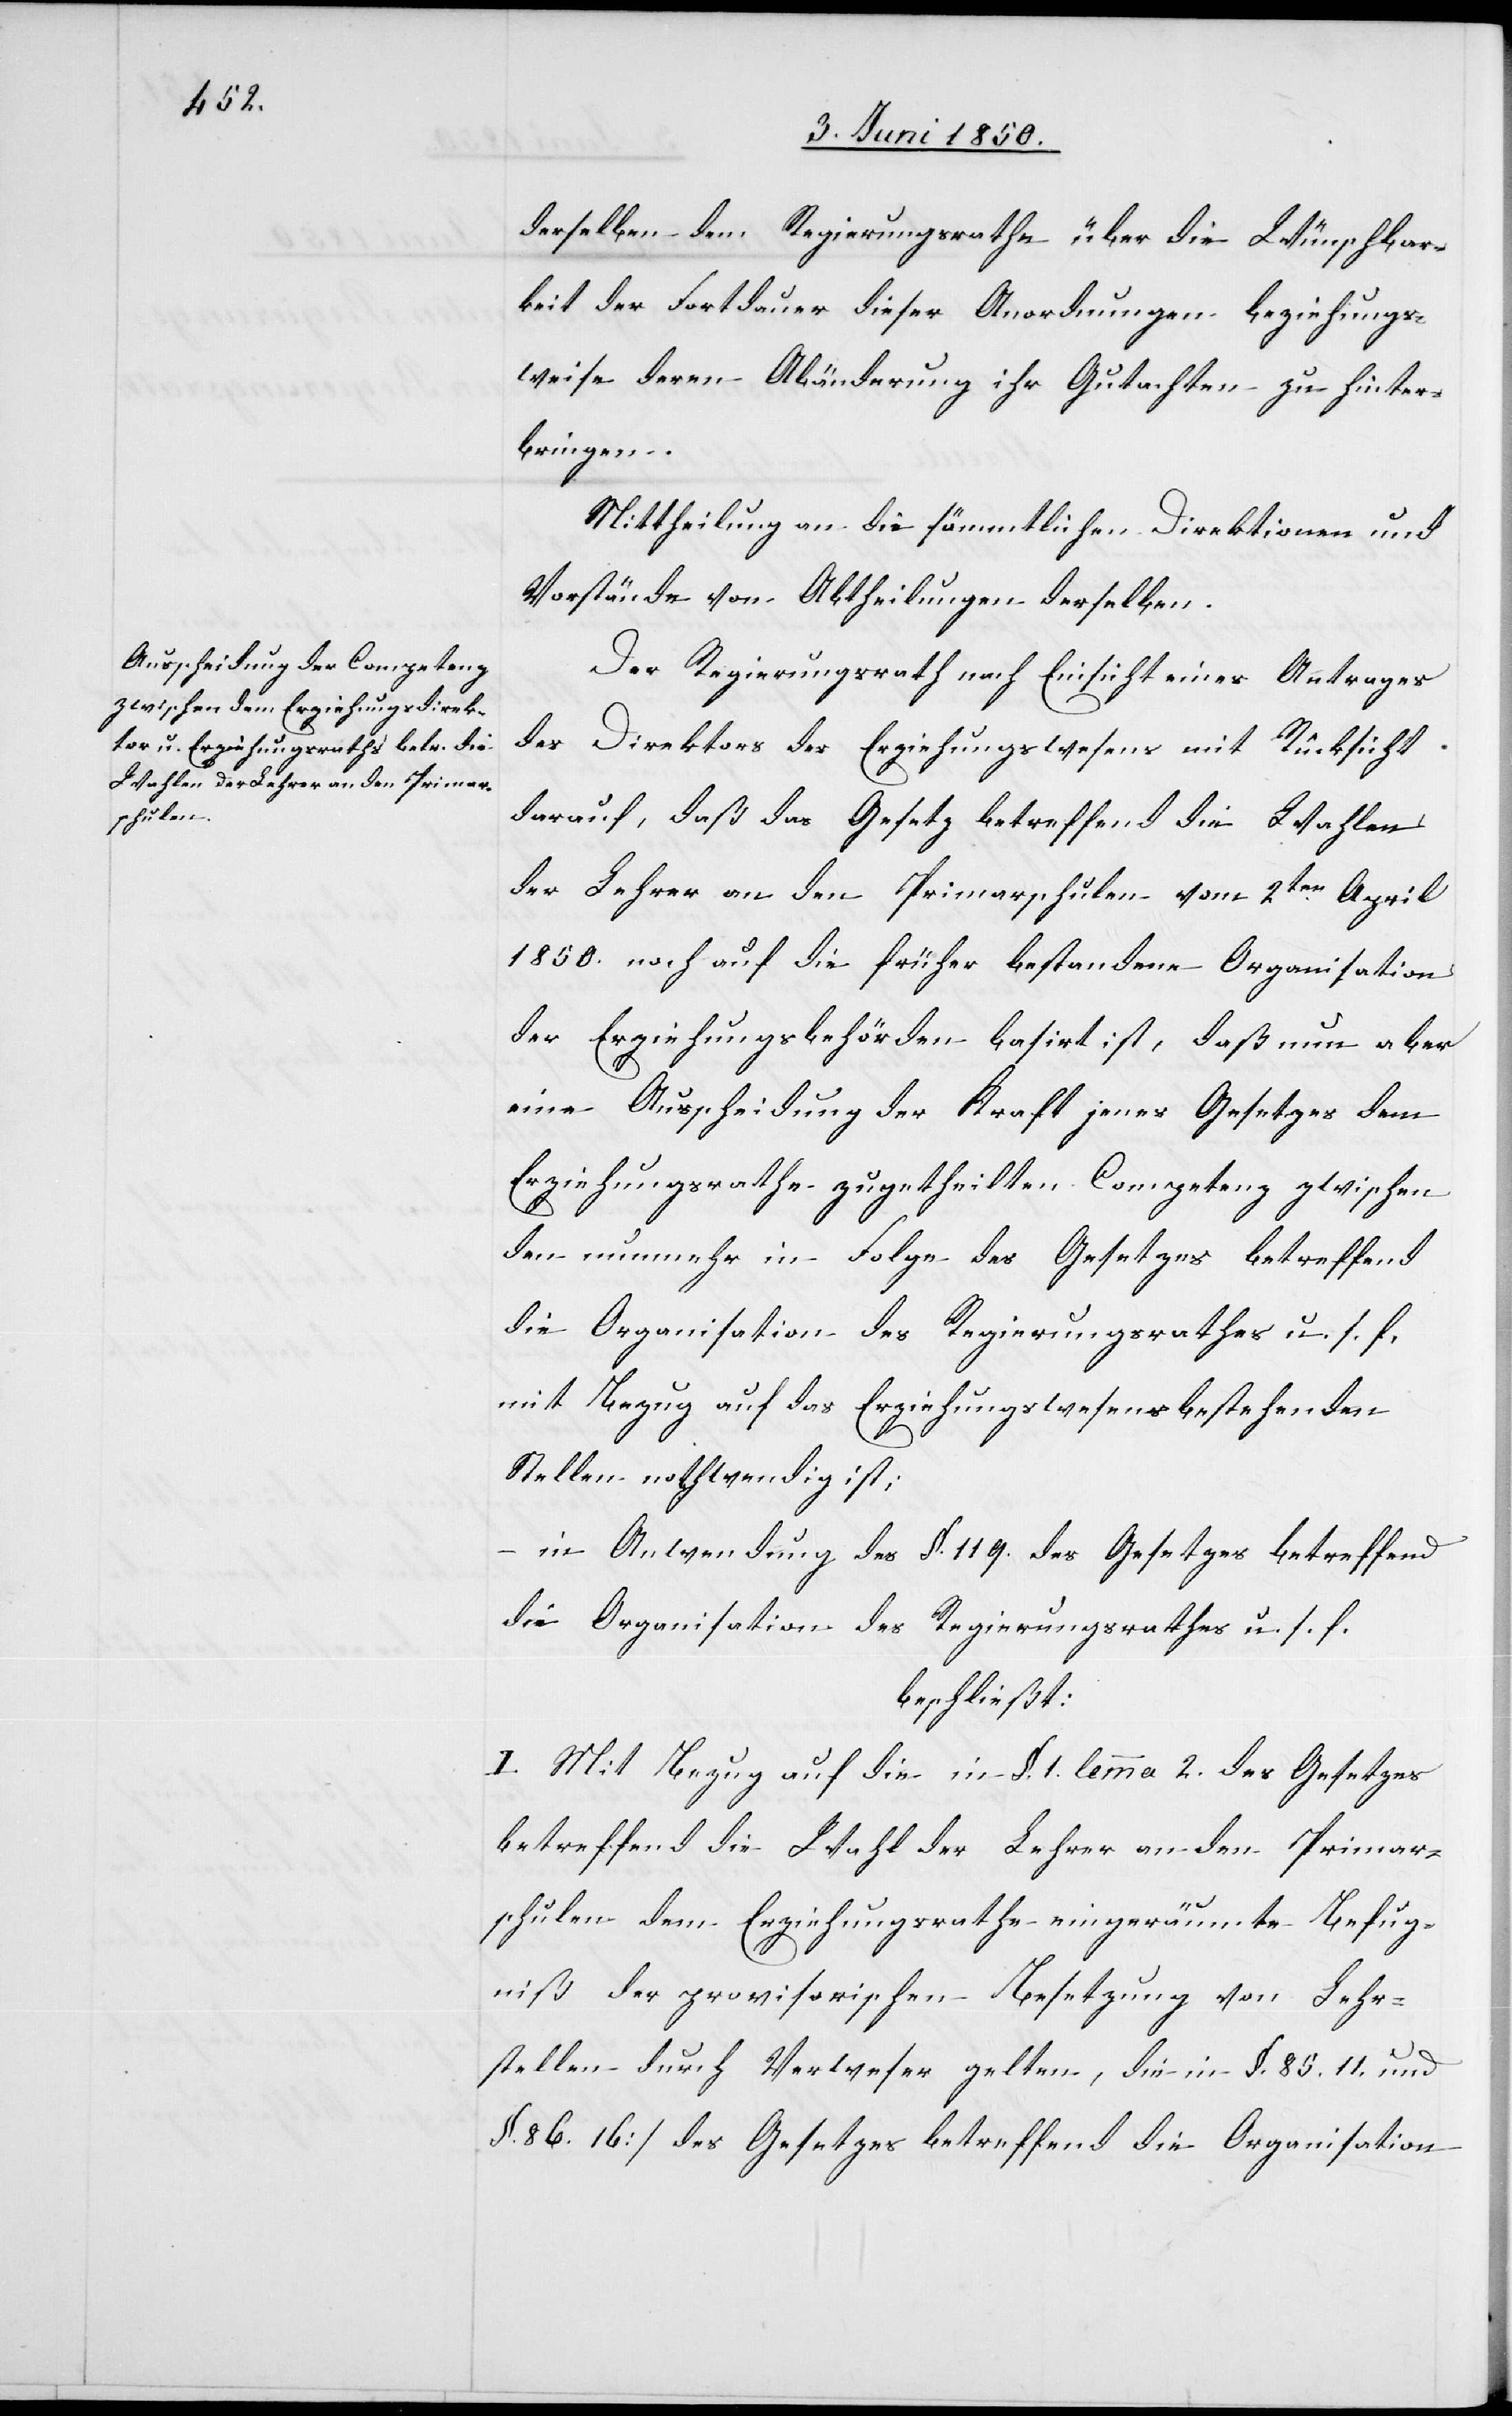
derselben dem Regierungsrathe über die Wünschbar¬
keit der Fortdauer dieser Anordnungen beziehungs¬
weise deren Abänderung ihr Gutachten zu hinter¬
bringen.
Mittheilung an die sämmtlichen Direktionen und
Vorstände von Abtheilungen derselben.